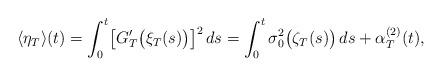
LaTeX: \begin{align*} \langle\eta_T\rangle(t)=\int_{0}^{t}\bigl[G_T' \bigl(\xi_T(s) \bigr)\bigr]^2\,ds=\int_{0}^{t}\sigma_0^2\bigl(\zeta_T(s) \bigr)\,ds+\alpha^{(2)}_T(t),\end{align*}